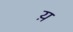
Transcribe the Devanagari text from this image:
य़